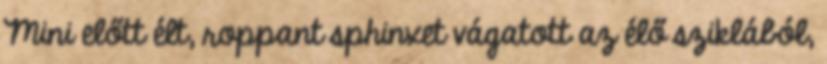
Mini előtt élt, roppant sphinxet vágatott az élő sziklából,